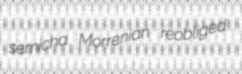
semicha Morrenian reobliged